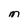
Character: M